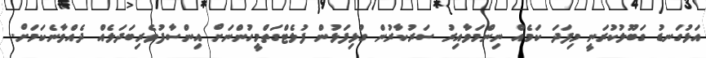
އަޅުގަނޑު ގަބޫލުކުރަނީ މިފަދަ ކަމެއް ނިންމަވާއިރު ސަރުކާރުން ގުޅިފަޅުން ފުލެޓްގަތްމީހުންނަށް އިންސާފުވެރިބަދަލެއް ދެއްވާނެކަމަށް.